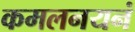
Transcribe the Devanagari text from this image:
कमलनयनं